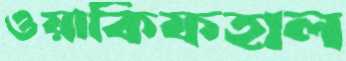
ওয়াকিফহাল